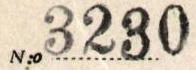
N:o 3230